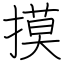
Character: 摸